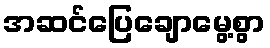
အဆင်ပြေချောမွေ့စွာ